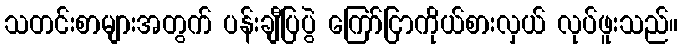
သတင်းစာများအတွက် ပန်းချီပြပွဲ ကြော်ငြာကိုယ်စားလှယ် လုပ်ဖူးသည်။